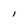
Character: l